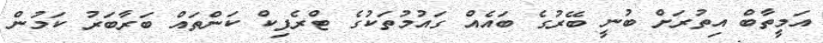
އަމީތާބް އިތުރަށް ބުނީ ބޭރުގެ ބައެއް ގައުމުތަކުގެ ޓްރެފިކް ކަންތައް ބަރާބަރު ކަމުން